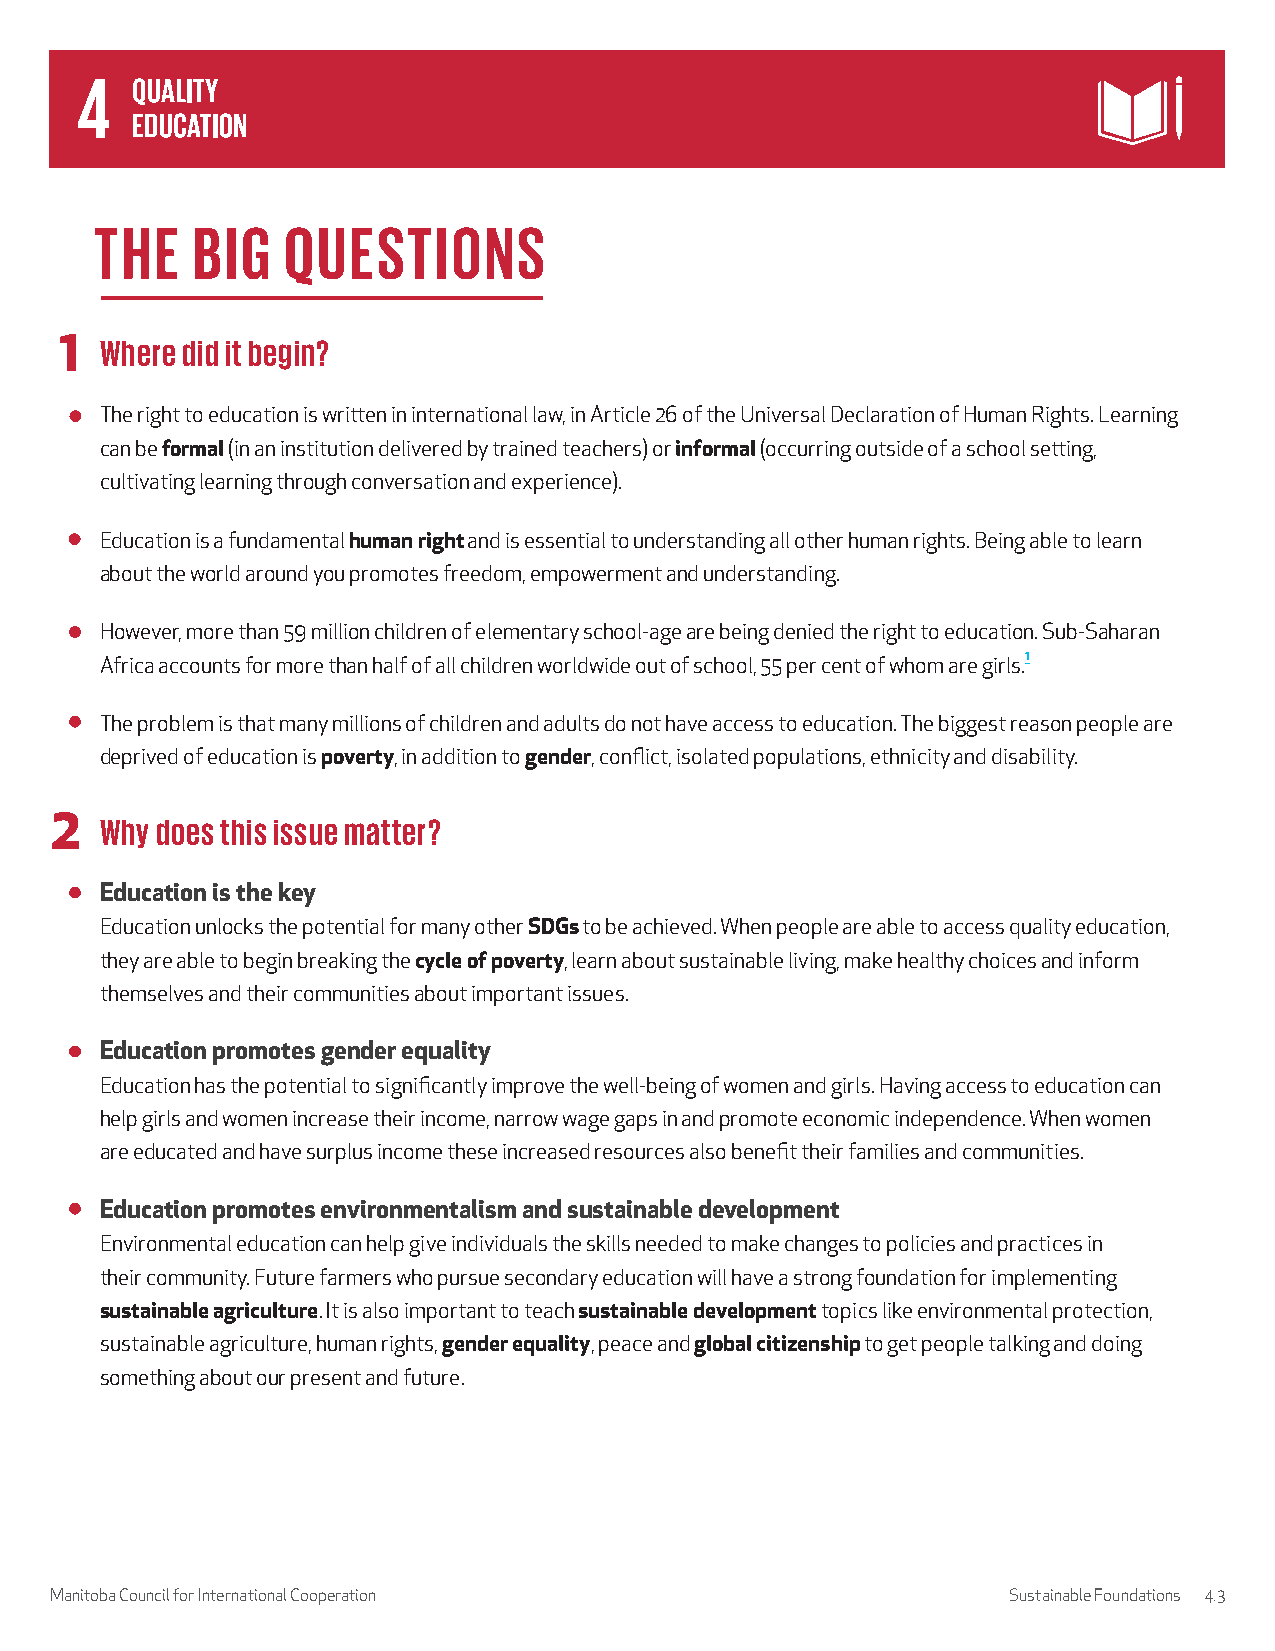
THE    BIG   QUESTIONS
 1  Where did it begin?
 The right to education is written in international law, in Article 26 of the Universal Declaration of Human Rights. Learning
 can be formal (in an institution delivered by trained teachers) or informal (occurring outside of a school setting,
 cultivating learning through conversation and experience).
 Education is a fundamental human right and is essential to understanding all other human rights. Being able to learn
 about the world around you promotes freedom, empowerment and understanding.
 However, more than 59 million children of elementary school-age are being denied the right to education. Sub-Saharan
 Africa accounts for more than half of all children worldwide out of school, 55 per cent of whom are girls.1
 The problem is that many millions of children and adults do not have access to education. The biggest reason people are
 deprived of education is poverty, in addition to gender, conflict, isolated populations, ethnicity and disability.
 2   Why does this issue matter?
 Education is the key
 Education unlocks the potential for many other SDGs to be achieved. When people are able to access quality education,
 they are able to begin breaking the cycle of poverty, learn about sustainable living, make healthy choices and inform
 themselves and their communities about important issues.
 Education promotes gender equality
 Education has the potential to significantly improve the well-being of women and girls. Having access to education can
 help girls and women increase their income, narrow wage gaps in and promote economic independence. When women
 are educated and have surplus income these increased resources also benefit their families and communities.
 Education promotes environmentalism and sustainable development
 Environmental education can help give individuals the skills needed to make changes to policies and practices in
 their community. Future farmers who pursue secondary education will have a strong foundation for implementing
 sustainable agriculture. It is also important to teach sustainable development topics like environmental protection,
 sustainable agriculture, human rights, gender equality, peace and global citizenship to get people talking and doing
 something about our present and future.
 Manitoba Council for International Cooperation                  Sustainable Foundations 4.3